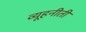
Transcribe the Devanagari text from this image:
व्यूहनीती